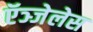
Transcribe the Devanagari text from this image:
ऍञ्जेलेस